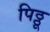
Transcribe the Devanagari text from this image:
पिठ्ठू